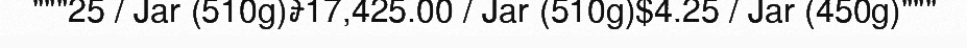
"""25 / Jar (510g)៛17,425.00 / Jar (510g)$4.25 / Jar (450g)"""